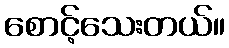
စောင့်သေးတယ်။